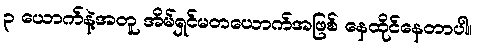
၃ ယောက်နဲ့အတူ အိမ်ရှင်မတယောက်အဖြစ် နေထိုင်နေတာပါ။